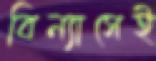
বিন্যাসেই